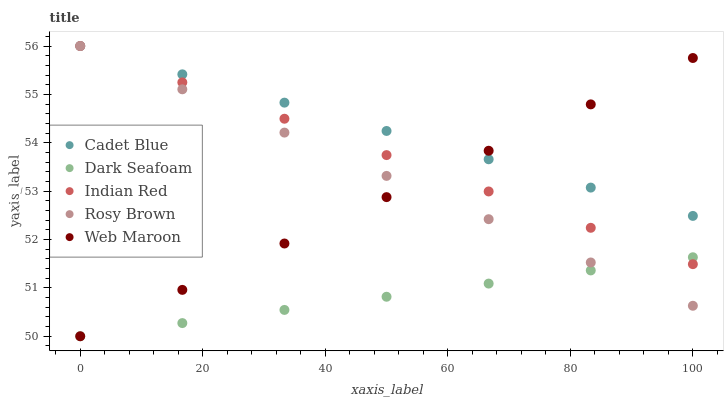
| xaxis_label | Cadet Blue | Dark Seafoam | Indian Red | Rosy Brown | Web Maroon |
 | --- | --- | --- | --- | --- | --- |
 | 0 | 56 | 50 | 56 | 56 | 50 |
 | 16.7 | 55.4 | 50.3 | 55.2 | 55.1 | 51 |
 | 33.3 | 54.8 | 50.5 | 54.5 | 54.2 | 51.9 |
 | 50 | 54.2 | 50.8 | 53.7 | 53.3 | 52.9 |
 | 66.7 | 53.7 | 51.1 | 53 | 52.4 | 53.8 |
 | 83.3 | 53.1 | 51.4 | 52.2 | 51.5 | 54.8 |
 | 100 | 52.5 | 51.6 | 51.5 | 50.6 | 55.8 |